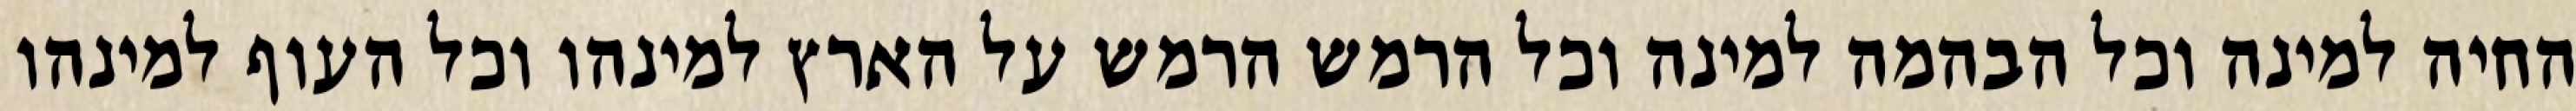
החיה למינה וכל הבהמה למינה וכל הרמש הרמש על הארץ למינהו וכל העוף למינהו